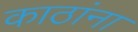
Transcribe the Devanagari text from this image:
काठांना